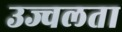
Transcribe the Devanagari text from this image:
उज्वलता